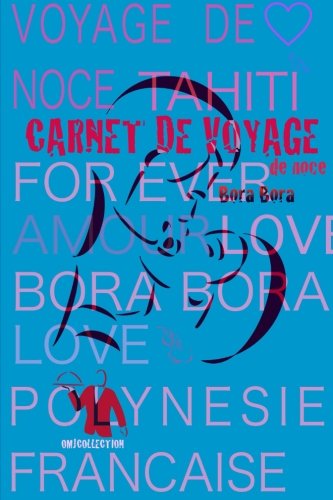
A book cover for Carnet de voyage de noce Tahiti Bora Bora: voyage de noce Bora Bora. Agenda de voyage Tahiti. PolynÃ©sie FranÃ§aise. (French Edition); o m j; Travel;